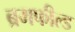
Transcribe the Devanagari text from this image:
ब्रमफील्ड